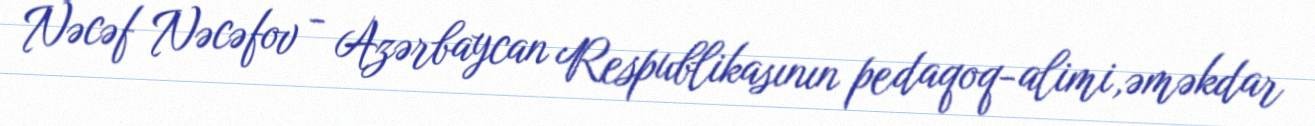
Nəcəf Nəcəfov - Azərbaycan Respublikasının pedaqoq-alimi,əməkdar